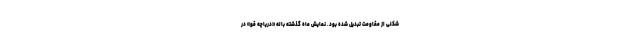
شکلی از مقاومت تبدیل شده بود. نمایش ماه گذشته باله «دریاچه قو» در